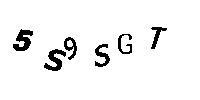
5S9SGT